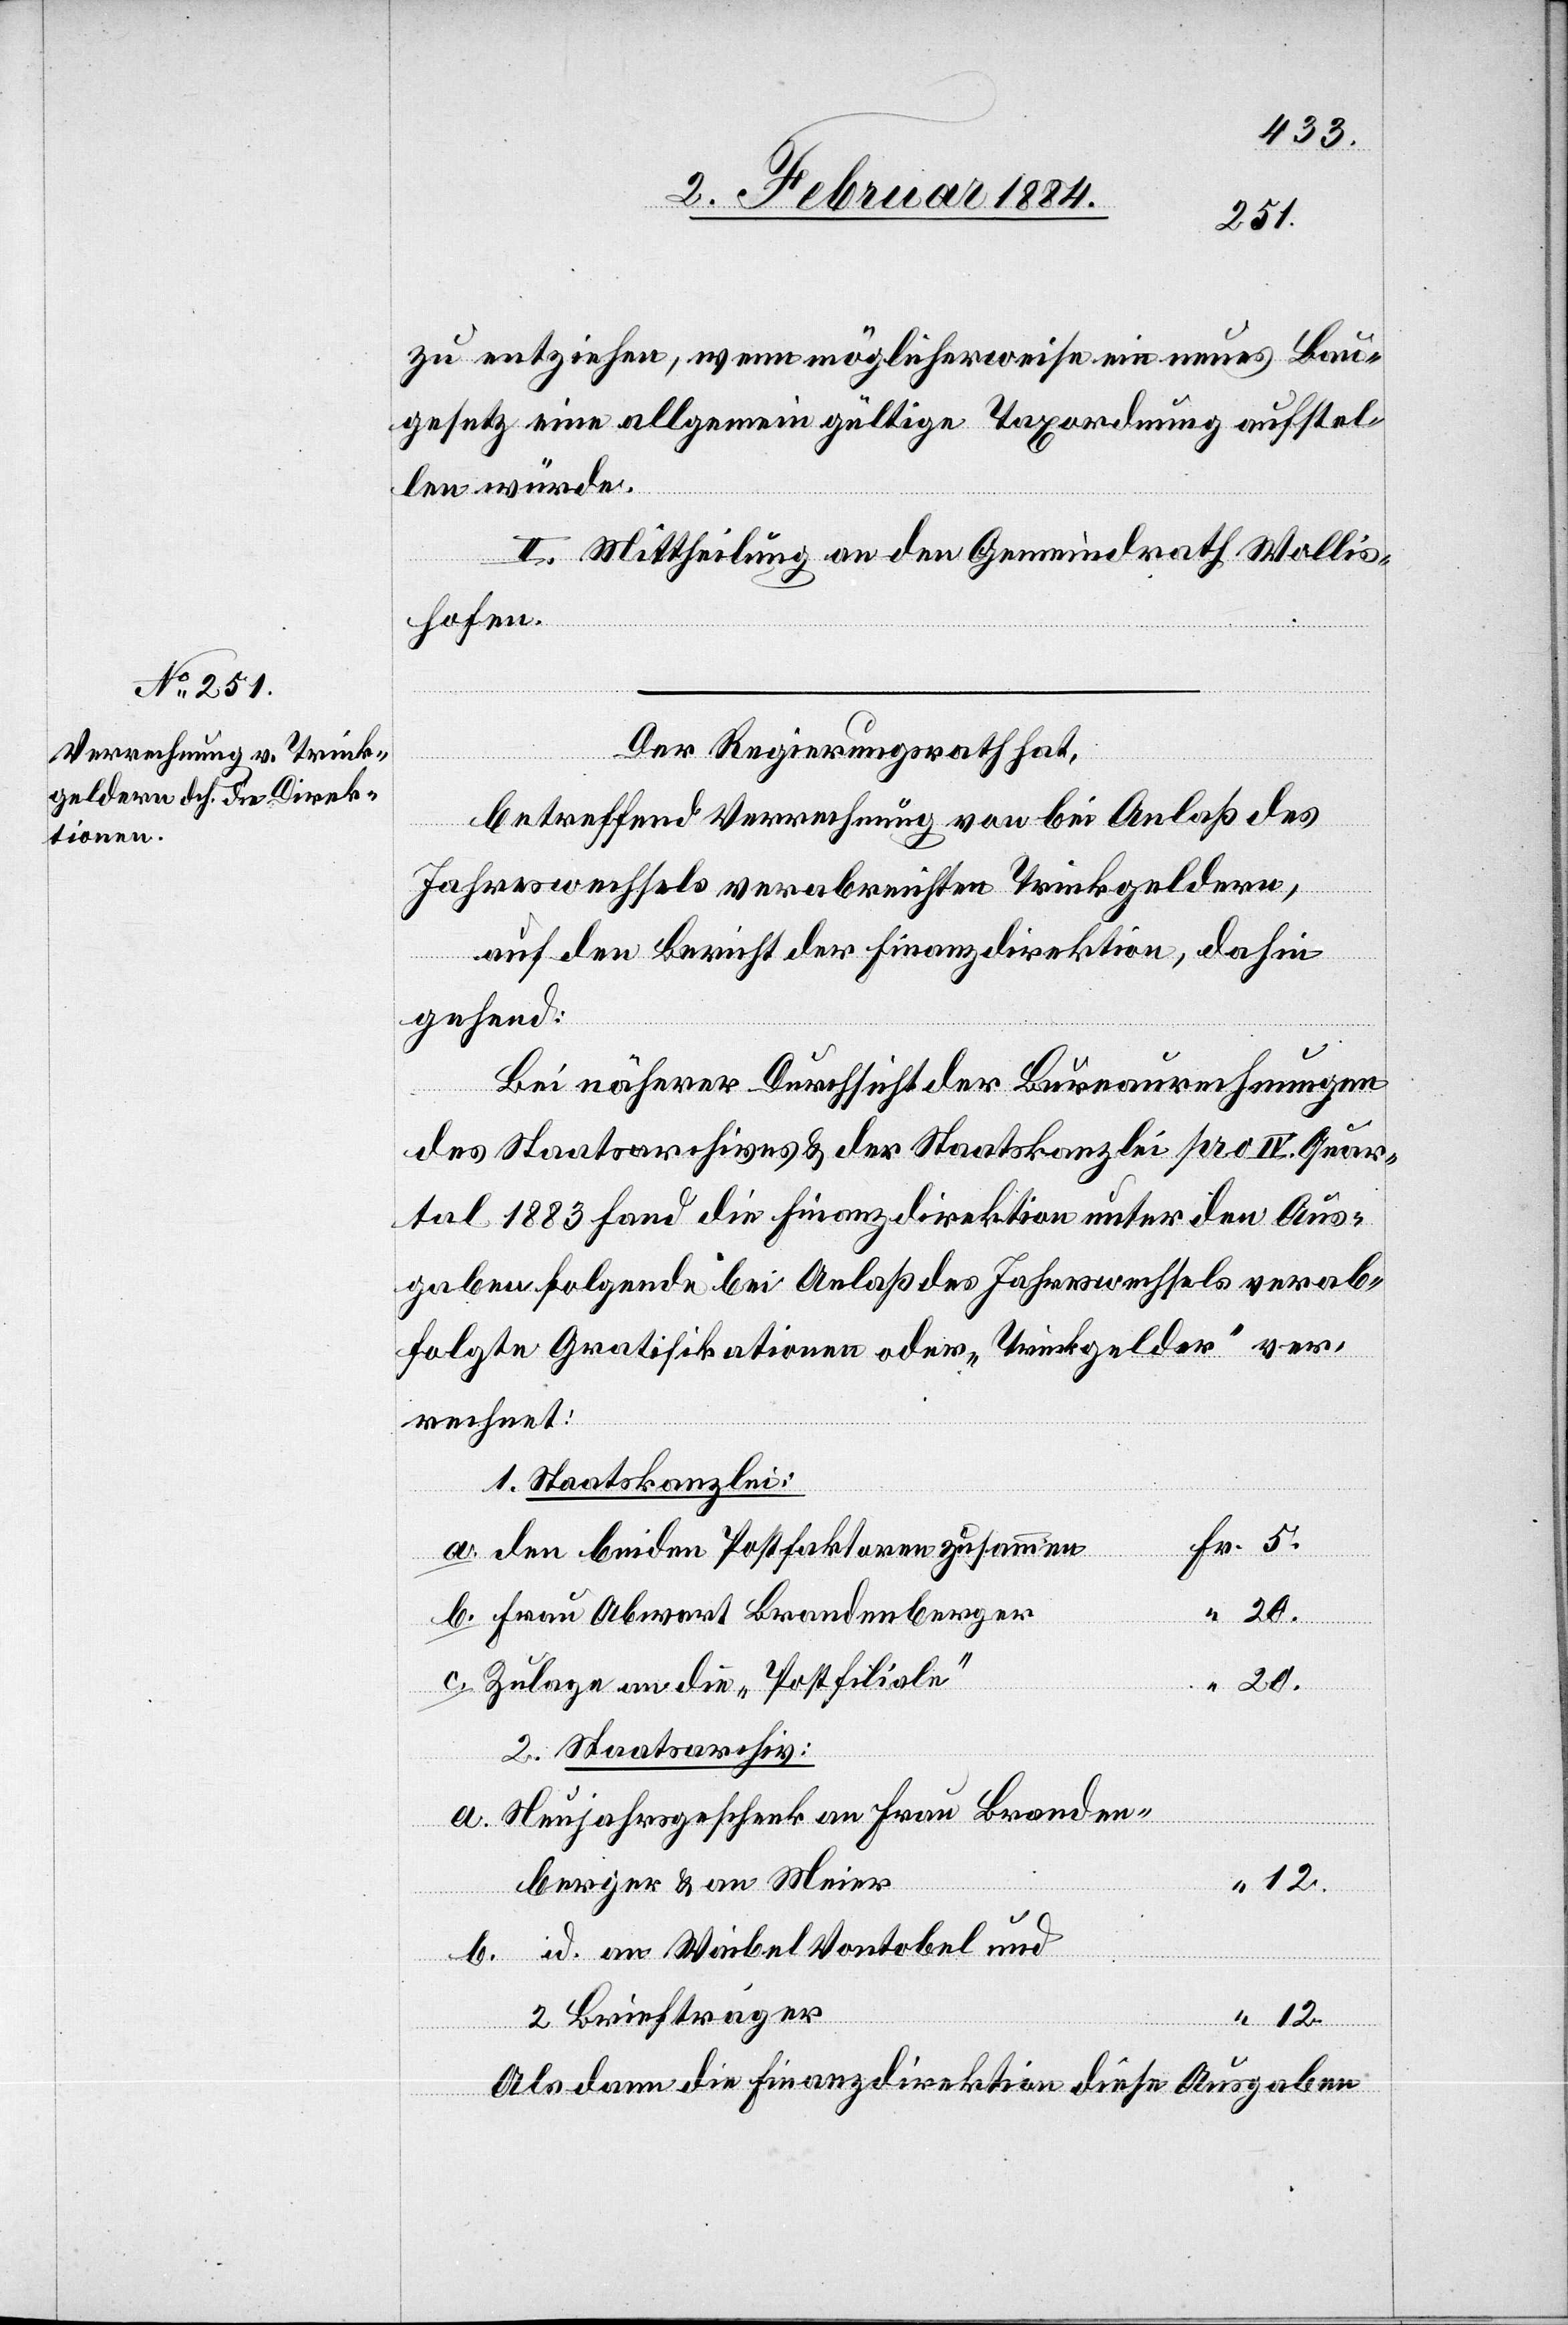
zu entziehen, wenn möglicherweise ein neues Bau¬
gesetz eine allgemein gültige Taxordnung aufstel¬
len würde.
II. Mittheilung an den Gemeindrath Wollis¬
hofen.
Der Regierungsrath hat,
betreffend Verrechnung von bei Anlaß des
Jahreswechsels verabreichten Trinkgeldern,
auf den Bericht der Finanzdirektion, dahin
gehend:
Bei näherer Durchsicht der Bureaurechnungen
des Staatsarchives & der Staatskanzlei pro IV. Quar¬
tal 1883 fand die Finanzdirektion unter den Aus¬
gaben folgende bei Anlaß des Jahreswechsels verab¬
folgten Gratifikationen oder „Trinkgelder“ ver¬
rechnet:
1. Staatskanzlei:
b.
den beiden Postfaktoren zusammen
Fr.
Frau Abwart Brandenberger
20.
Zulage an die „Postfiliale“
20.
2. Staatsarchiv:
Neujahrsgeschenk an Frau Branden¬
berger & an Meier
12.
b.
id. an Waibel Vontobel und
2 Briefträger
12.
Als dann die Finanzdirektion diese Ausgaben